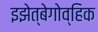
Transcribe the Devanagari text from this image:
इझेत्बेगोव्हिक